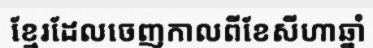
ខ្មែរដែលចេញកាលពីខែសីហាឆ្នាំ